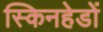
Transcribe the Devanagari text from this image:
स्किनहेडों